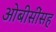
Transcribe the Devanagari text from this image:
ओबीसींसह